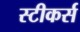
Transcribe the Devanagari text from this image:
स्टीकर्स